Vaccination in Bombay 1902-1912 - 1902-1912
Year: 1902
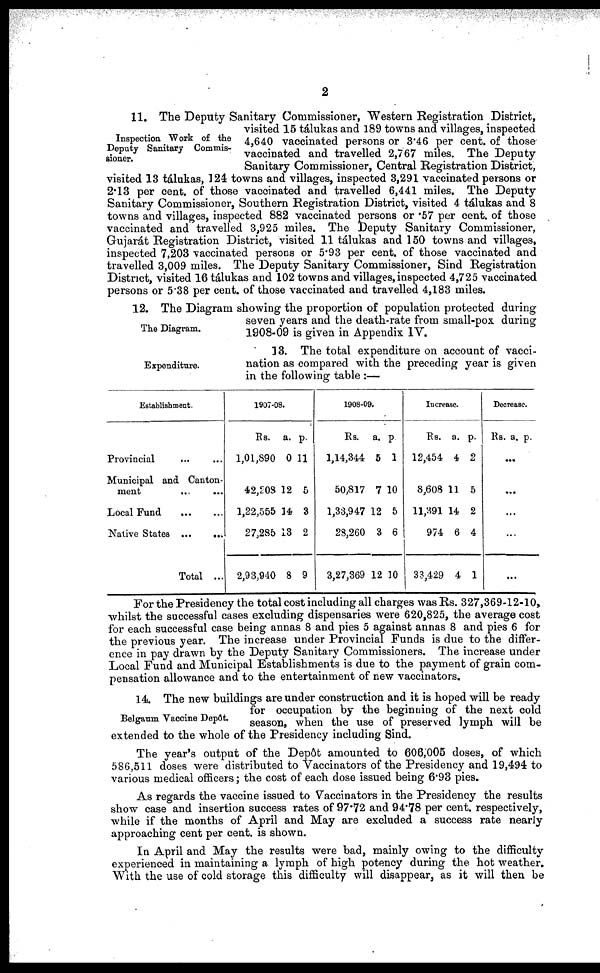
2
Inspection Work of the
Deputy Sanitary Commis-
sioner.
11. The Deputy Sanitary Commissioner, Western Registration District,
visited 15 tálukas and 189 towns and villages, inspected
4,640 vaccinated persons or 3.46 per cent. of those
vaccinated and travelled 2,767 miles. The Deputy
Sanitary Commissioner, Central Registration District,
visited 13 tálukas, 124 towns and villages, inspected 3,291 vaccinated persons or
2.13 per cent. of those vaccinated and travelled 6,441 miles. The Deputy
Sanitary Commissioner, Southern Registration District, visited 4 tálukas and 8
towns and villages, inspected 882 vaccinated persons or .57 per cent. of those
vaccinated and travelled 3,925 miles. The Deputy Sanitary Commissioner,
Gujarát Registration District, visited 11 tálukas and 150 towns and villages,
inspected 7,203 vaccinated persons or 5.93 per cent. of those vaccinated and
travelled 3,009 miles. The Deputy Sanitary Commissioner, Sind Registration
District, visited 16 tálukas and 102 towns and villages, inspected 4,725 vaccinated
persons or 5.38 per cent. of those vaccinated and travelled 4,183 miles.
The Diagram.
12. The Diagram showing the proportion of population protected during
seven years and the death-rate from small-pox during
1908-09 is given in Appendix IV.
Expenditure.
13. The total expenditure on account of vacci-
nation as compared with the preceding year is given
in the following table :—
Establishment.
Provincial ... ...
Municipal and Canton-
ment
...
...
Local Fund ... ...
Native States
...
...
Total ...
1907-08.
Rs.
1,01,890
42,208
1,22,555
27,285
2,93,940
a.
0
12
14
13
8
p.
11
5
3
2
9
1908-09.
Rs.
1,14,344
50,817
1,33,947
28,260
3,27,369
a.
5
7
12
3
12
p.
1
10
5
6
10
Increase.
Rs.
12,454
8,608
11,391
974
33,429
a.
4
11
14
6
4
p.
2
5
2
4
1
Decrease.
Rs. a. p.
...
...
...
...
...
For the Presidency the total cost including all charges was Rs. 327,369-12-10,
whilst the successful cases excluding dispensaries were 620,825, the average cost
for each successful case being annas 8 and pies 5 against annas 8 and pies 6 for
the previous year. The increase under Provincial Funds is due to the differ-
ence in pay drawn by the Deputy Sanitary Commissioners. The increase under
Local Fund and Municipal Establishments is due to the payment of grain com-
pensation allowance and to the entertainment of new vaccinators.
Belgaum Vaccine Depôt.
14. The new buildings are under construction and it is hoped will be ready
for occupation by the beginning of the next cold
season, when the use of preserved lymph will be
extended to the whole of the Presidency including Sind.
The year's output of the Depôt amounted to 606,005 doses, of which
586,511 doses were distributed to Vaccinators of the Presidency and 19,494 to
various medical officers; the cost of each dose issued being 6.93 pies.
As regards the vaccine issued to Vaccinators in the Presidency the results
show case and insertion success rates of 97.72 and 94.78 per cent. respectively,
while if the months of April and May are excluded a success rate nearly
approaching cent per cent. is shown.
In April and May the results were bad, mainly owing to the difficulty
experienced in maintaining a lymph of high potency during the hot weather.
With the use of cold storage this difficulty will disappear, as it will then be